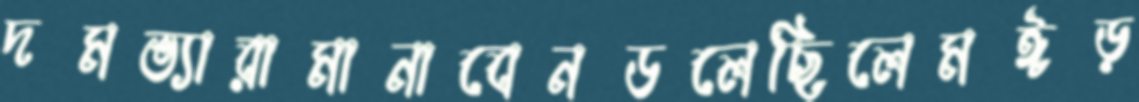
দমভ্যারামানাবেনডলেছিলেমঈড়